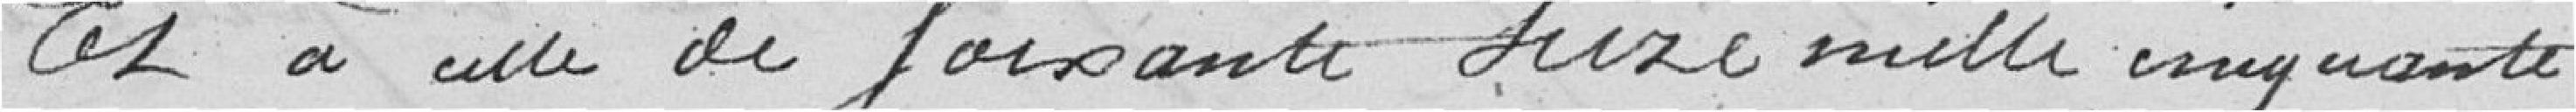
et à celle de soixante seize mille cinquante